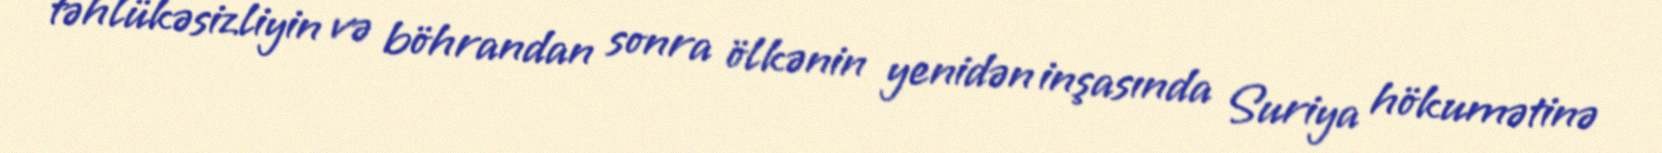
təhlükəsizliyin və böhrandan sonra ölkənin yenidən inşasında Suriya hökumətinə